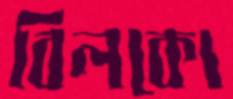
বিলকো